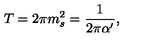
T = 2 \pi m _ { s } ^ { 2 } = \frac { 1 } { 2 \pi \alpha ^ { \prime } } ,